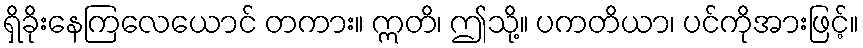
ရှိခိုးနေကြလေယောင် တကား။ ဣတိ၊ ဤသို့။ ပကတိယာ၊ ပင်ကိုအားဖြင့်။